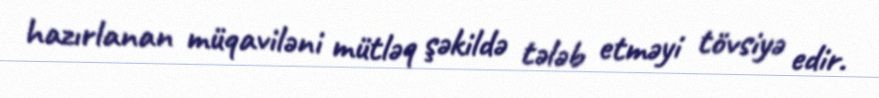
hazırlanan müqaviləni mütləq şəkildə tələb etməyi tövsiyə edir.